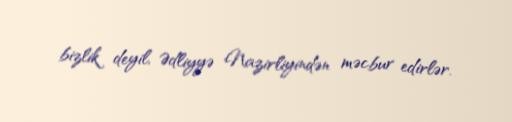
bizlik deyil, Ədliyyə Nazirliyindən məcbur edirlər.